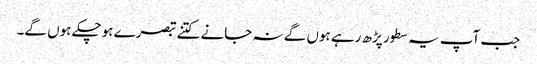
جب آپ یہ سطور پڑھ رہے ہوں گے نہ جانے کتنے تبصرے ہوچکے ہوں گے۔